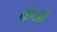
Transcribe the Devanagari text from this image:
कंजा